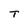
Character: T